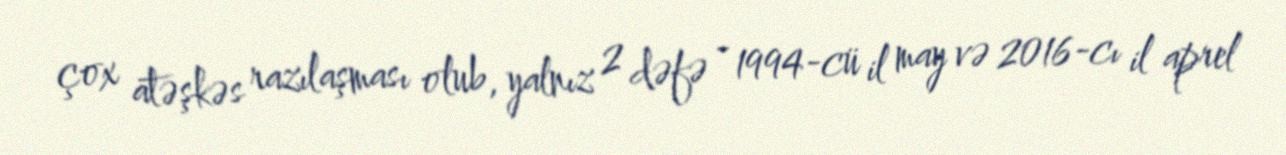
çox atəşkəs razılaşması olub, yalnız 2 dəfə - 1994-cü il may və 2016-cı il aprel